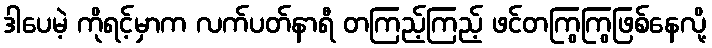
ဒါပေမဲ့ ကိုရင့်မှာက လက်ပတ်နာရီ တကြည့်ကြည့် ဖင်တကြွကြွဖြစ်နေလို့